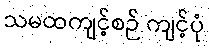
သမထကျင့်စဉ် ကျင့်ပုံ